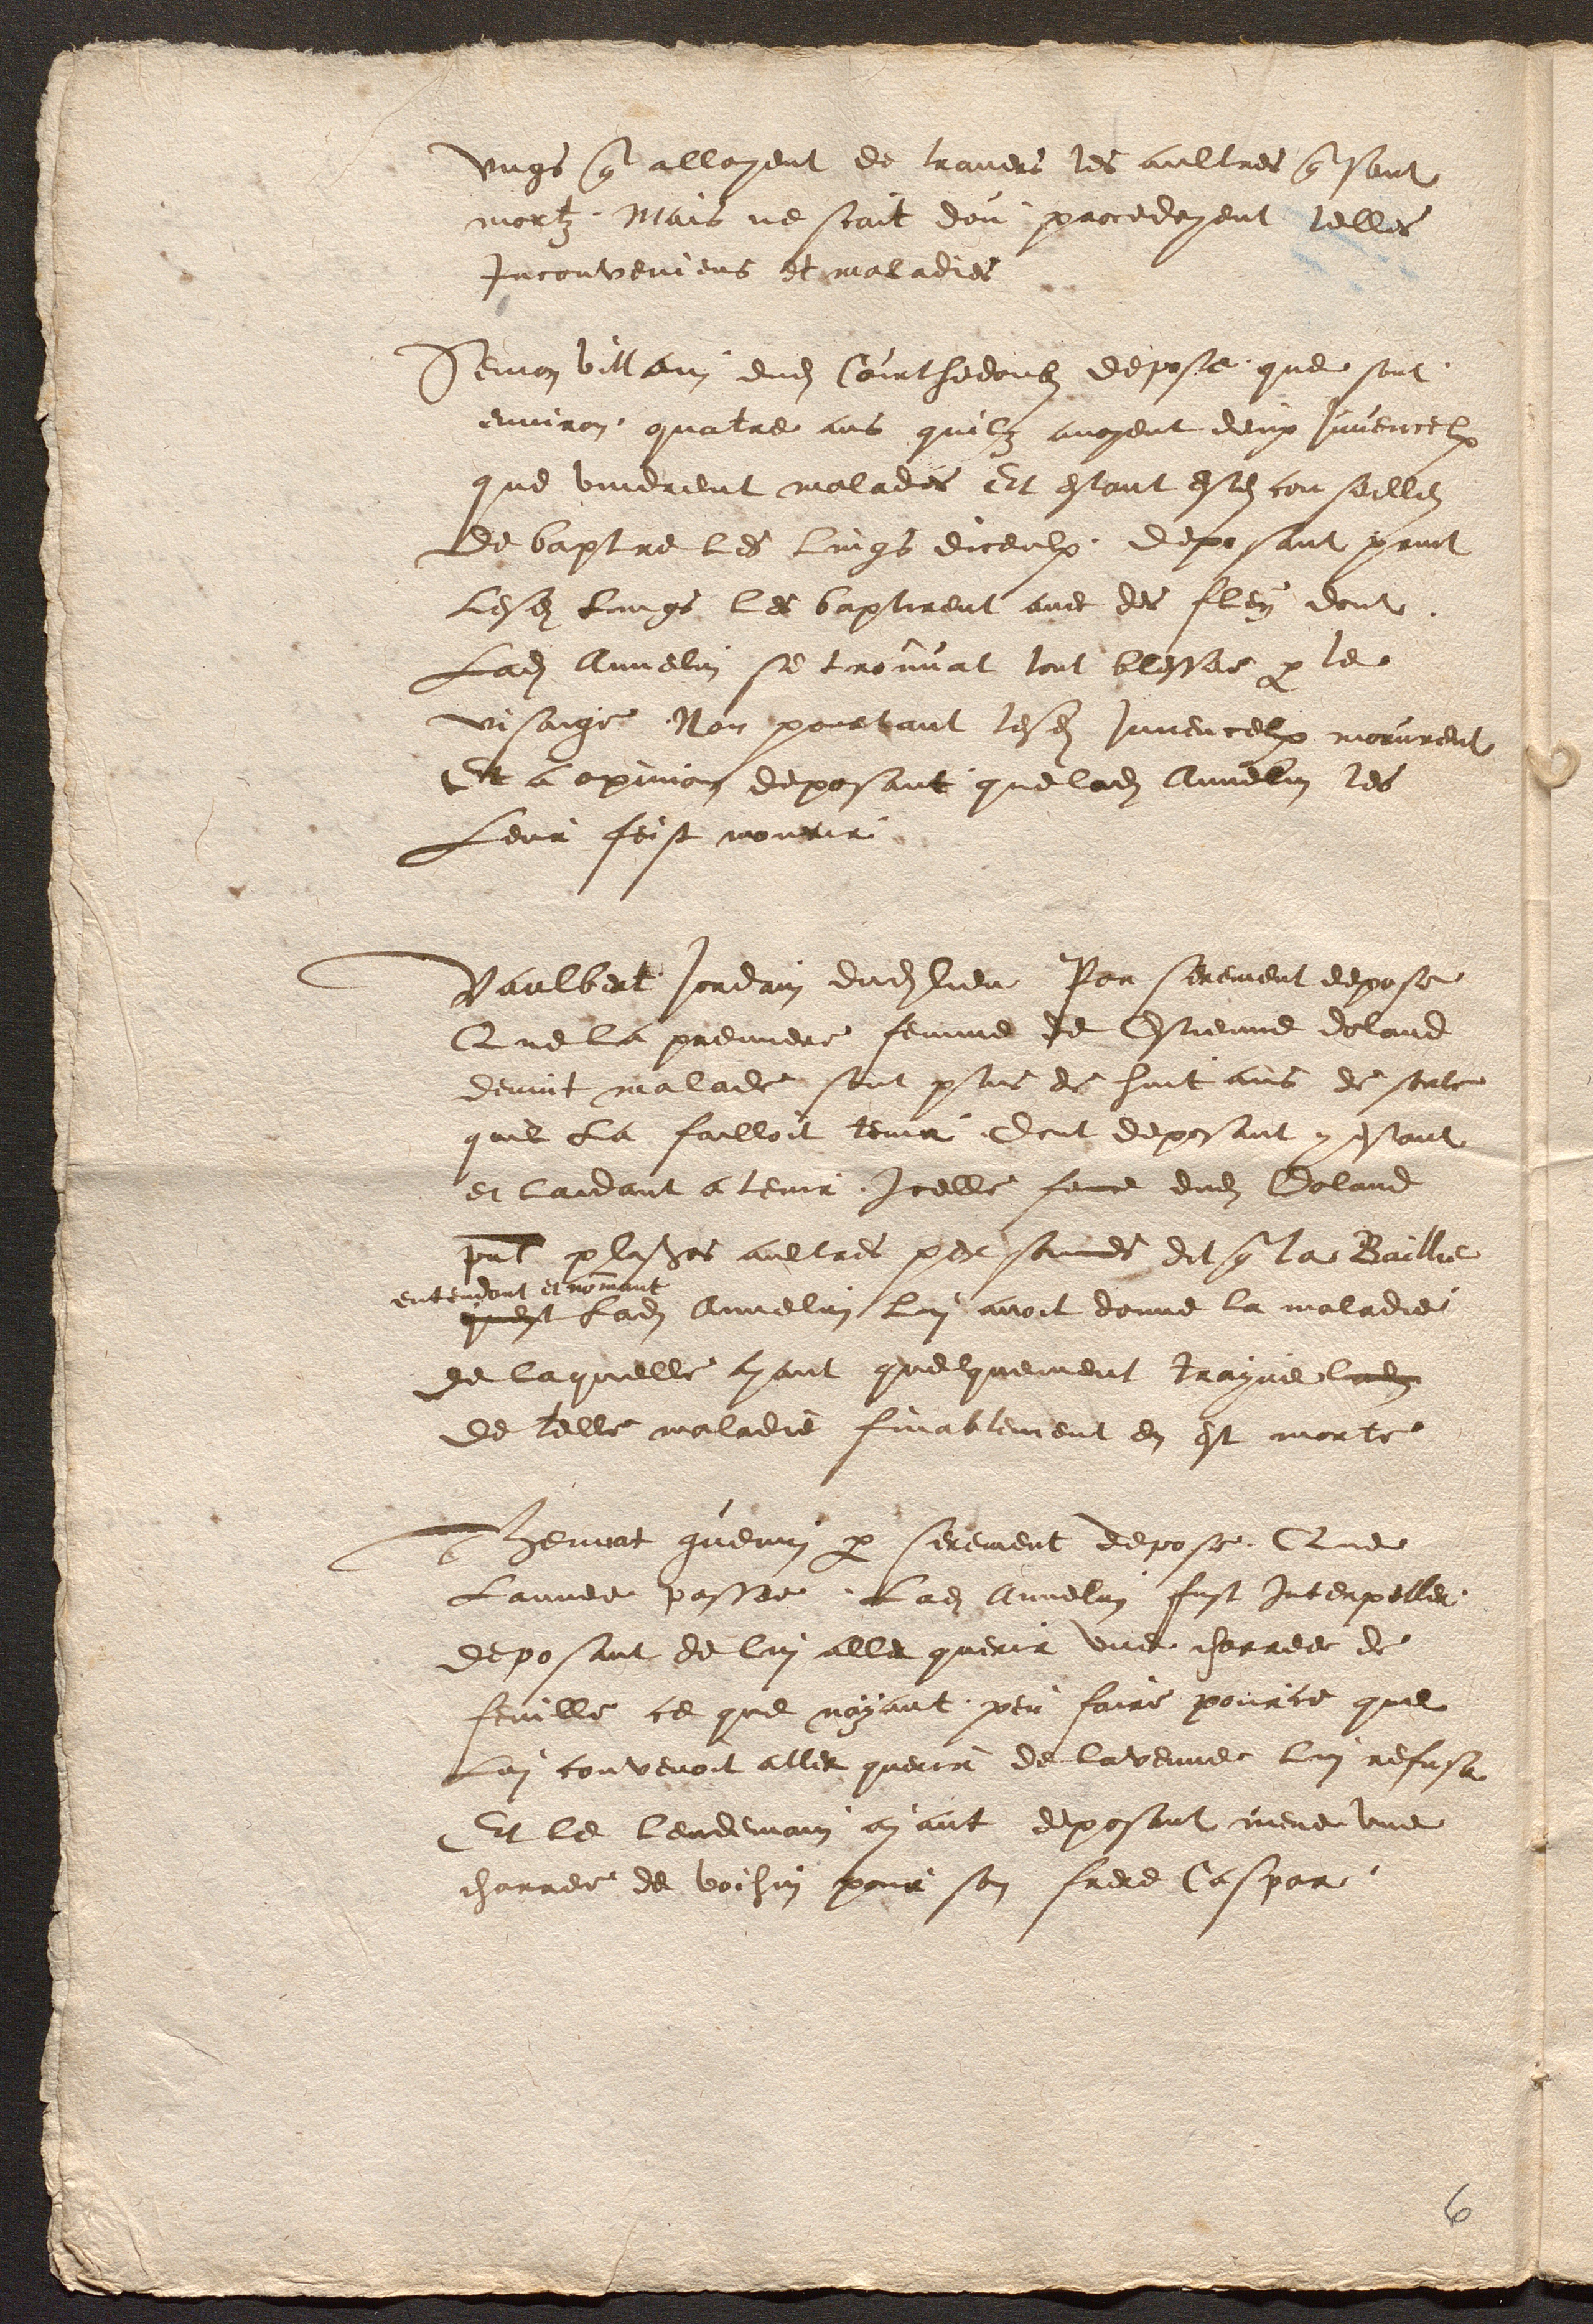
ungs qui alloyent de travers les aultres qui sont
mortz. Mais ne scait dou procedoyent telles
Inconveniens et maladies
Semon villain dudit Courthedoubs depose, que sont,
environ, quatre ans quilz avoyent deux Juvencelx
que vindrent malades Et estant estes conseilles
de baptre les lings diceulx, deposant print
Lesdits Lings les baptirent avec des fleu dont
Ladite Annelin se trouvat tout blessee par le
visaige. Non pourtant lesdits Juvencelx morurent
Et a opinion deposant que ladite Annelin les
Leur feist mourir
Vaulbert Jordain dudit lieu Par serement depose
Que la premiere femme de Estienne doland
devint malade sont plus de huit ans de sorte
quil La failloit tenir dont deposant y estant
et laidant a tenir, Icelle femme dudit Doland
present plusieurs aultres personnes dit qui la Baillie
entendant et nommant
quest Ladite Annelin lui avoit donne la maladie.
de laquelle ayant quelquement trayne ladite
de telle maladie finablement en est morte
Theunat guenin par serement depose, Que
Lannée passee, Ladite Annelin fust interpeller
deposant de lui aller querir une charree de
feuille ce que nayant, peu faire pource que
Lui convenoit aller querir de lavenne lui refusa
Et le lendemain ayant deposant mene une
charree de boihin pour son frere Caspar,